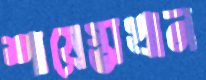
শায়েস্তাখান